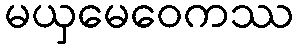
မယှမေဝေကဿ